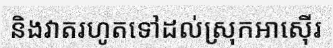
និងវាតរហូតទៅដល់ស្រុកអាស៊ើរ